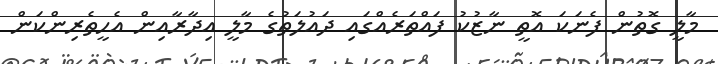
މާލީ ގޮތުން ފެނަކަ އޮތީ ނާޒުކު ފައްތަރެއްގައި ދައުލަތުގެ މާލީ އިދާރާއިން އެހީތެރިންކަން